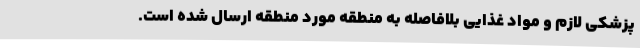
پزشکی لازم و مواد غذایی بلافاصله به منطقه مورد منطقه ارسال شده است.